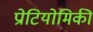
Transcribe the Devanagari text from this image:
प्रोटियोमिकी